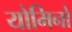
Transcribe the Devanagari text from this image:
योमिनो